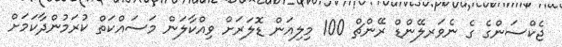
ޖެކްސަންގެ ގެ ނެވަރލޭންޑް ރޭންޗް 100 މިލިއަން ޑޮލަރަށް ވިއްކާލަން މަސައްކަތް ކުރަމުންދާކަމަށް